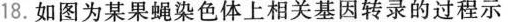
18.如图为某果蝇染色体上相关基因转录的过程示